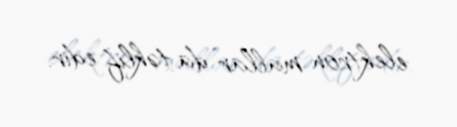
elektron mallar da təklif edir.